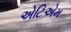
એટિએમ